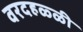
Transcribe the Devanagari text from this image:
वरदहळ्ळी